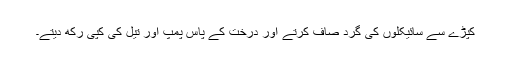
کپڑے سے سائیکلوں کی گرد صاف کرتے اور درخت کے پاس پمپ اور تیل کی کپی رکھ دیتے۔